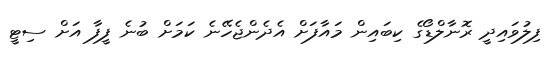
ފިލުވައިދީ ރޮނާލްޑޯގެ ކިބައިން މައާފަށް އެދެންޖެހޭނެ ކަމަށް ބުނެ ފީފާ އަށް ސިޓީ